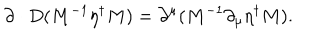
LaTeX: \partial \cdot D ( M ^ { - 1 } \eta ^ { \dagger } M ) = \partial ^ { \mu } ( M ^ { - 1 } \partial _ { \mu } \eta ^ { \dagger } M ) .